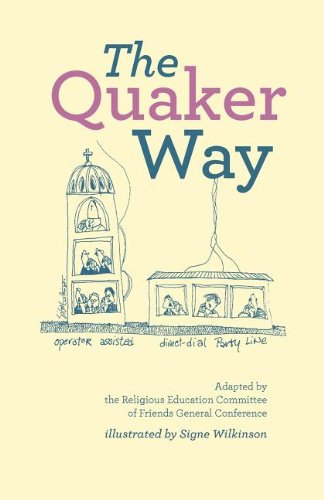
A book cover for The Quaker Way; Friends General Conference; Christian Books & Bibles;